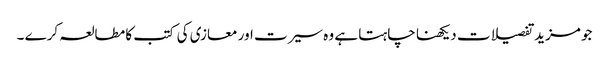
جو مزید تفصیلات دیکھنا چاہتا ہے وہ سیرت اور معازی کی کتب کا مطالعہ کرے ۔